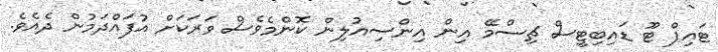
ޓައިޕް ޓޫ ޑައިބިޓީސް ޗިސްމޭ އިން އިންސިއުލިން ކޮންމެވެސް ވަރަކަށް އުފައްދަމުން ދެއެވެ.